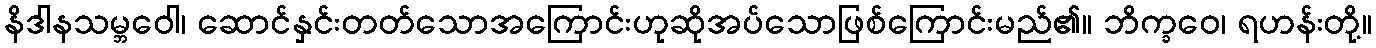
နိဒါနသမ္ဘဝေါ၊ ဆောင်နှင်းတတ်သောအကြောင်းဟုဆိုအပ်သောဖြစ်ကြောင်းမည်၏။ ဘိက္ခဝေ၊ ရဟန်းတို့။